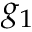
g _ { 1 }